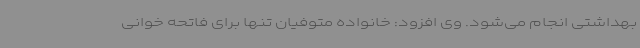
بهداشتی انجام می‌شود. وی افزود: خانواده متوفیان تنها برای فاتحه خوانی